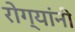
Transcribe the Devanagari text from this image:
रोग्यांनी